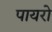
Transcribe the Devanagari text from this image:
पायरो